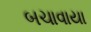
બચાવાયા